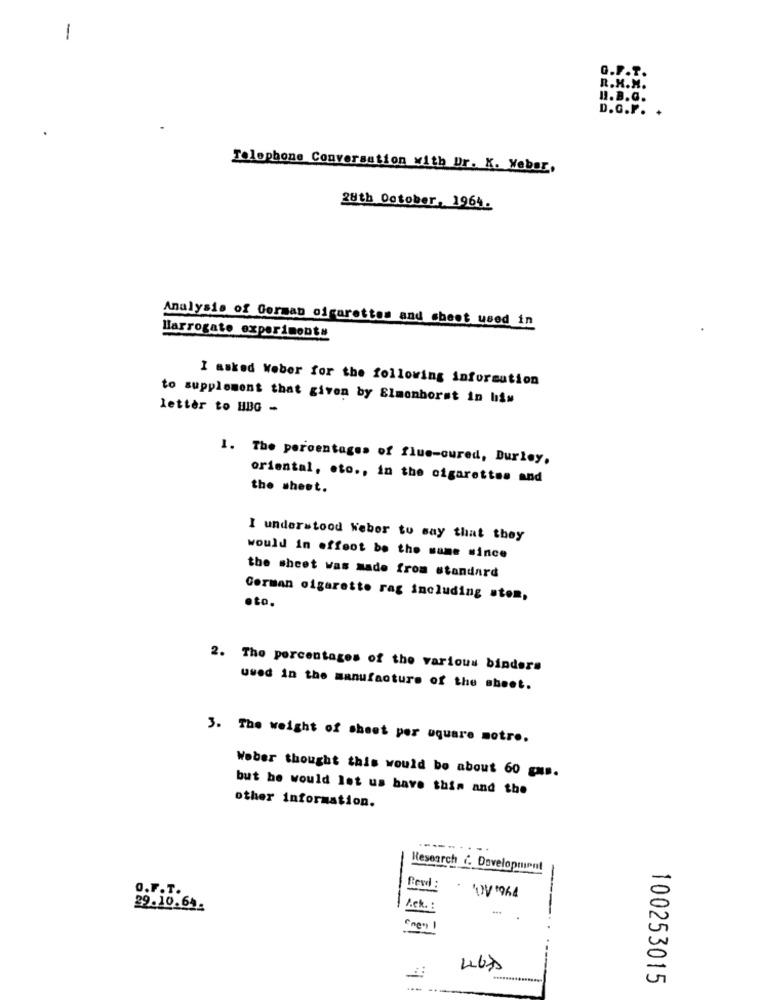
1
H. B.
D.G.F.
Telephone Conversation with Dr. X. Weber,
28th October, 1964.
Analysis of German cigarettes and sheet used in
Harrogate experiments
I asked Weber for the following information
to supplement that given by Elmenhorst in liis
letter to HBG -
1. The percentages of flue-cured, Durley,
oriental, eto ., in the cigarettes and
the sheet.
I understood Weber to say that they
would in effect be the same since
the sheet was made from standard
.to.
German cigarette rag including ston,
2. The percentages of the various binders
used in the manufacture of the sheet.
3. The weight of sheet per square motro.
Weber thought this would be about 60 gas.
but he would let us have this and the
other information.
-----.
...
Research (. Development
Revd:
.
'OV'964
O.F.T.
29.10.64-
P.ck.
100253015